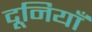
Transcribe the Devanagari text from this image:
दूनियाँ